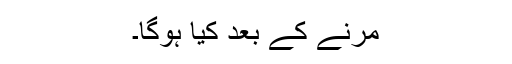
مرنے کے بعد کیا ہوگا۔